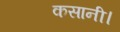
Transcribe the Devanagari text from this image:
कसानी।